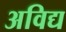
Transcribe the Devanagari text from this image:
अविद्य